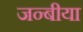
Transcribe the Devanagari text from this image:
जन्बीया